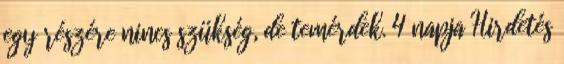
egy részére nincs szükség, de temérdek. 4 napja Hirdetés